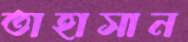
তাহাসান